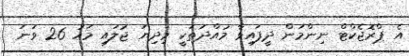
އެ ޕްރޮޖެކްޓް ނިންމަން ދީފައިވާ މުއްދަތަކީ މިދިޔަ ޖުލައި މަހު 26 ވަނަ